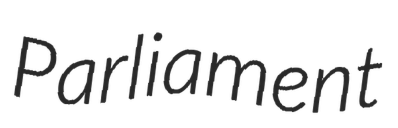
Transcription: Parliament